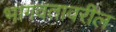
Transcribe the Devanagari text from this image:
भागवतावरील